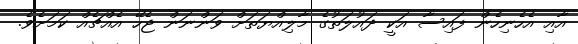
އާއި އެހެނިހެން ފައިސާ އަކީ ދައުލަތުގެ މާލިއްޔަތަށް ވަންނަން ޖެހޭ އެއްޗެއް ކަމަށެވެ.